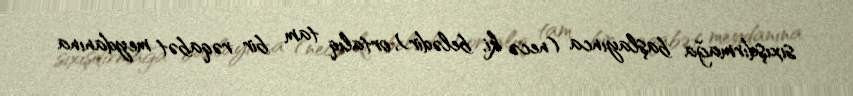
sıxışdırmağa başlayınca (necə ki, belədir), ortalıq tam bir rəqabət meydanına